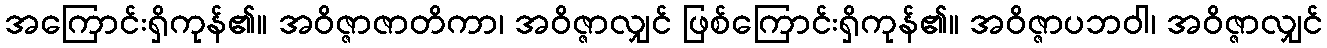
အကြောင်းရှိကုန်၏။ အဝိဇ္ဇာဇာတိကာ၊ အဝိဇ္ဇာလျှင် ဖြစ်ကြောင်းရှိကုန်၏။ အဝိဇ္ဇာပဘဝါ၊ အဝိဇ္ဇာလျှင်